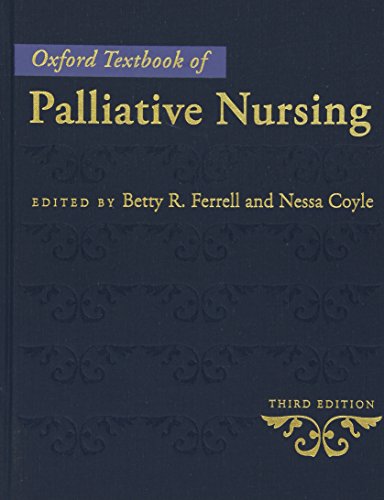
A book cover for Oxford Textbook of Palliative Nursing; Betty R. Ferrell and Nessa Coyle; Self-Help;